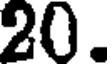
20.